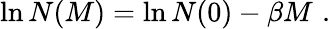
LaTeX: \ln N(M)=\ln N(0)-\beta M\, \, .